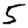
Digit: 5